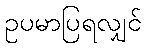
ဥပမာပြရလျှင်